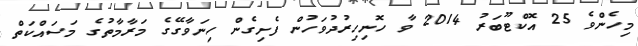
މިހެންވެ 25 އޮކްޓޫބަރު 2014 ވާ ހޮނިހިރުދުވަހުން ފެށިގެން ހިނަވާގޭގެ މަރާމާތުގެ މަސައްކަތް